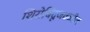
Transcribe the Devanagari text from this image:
शिरोबिंदूजवळील